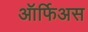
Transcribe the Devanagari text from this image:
ऑर्फिअस